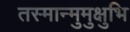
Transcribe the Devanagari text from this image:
तस्मान्मुमुक्षुभि